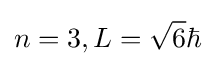
n=3,L={\sqrt {6}}\hbar